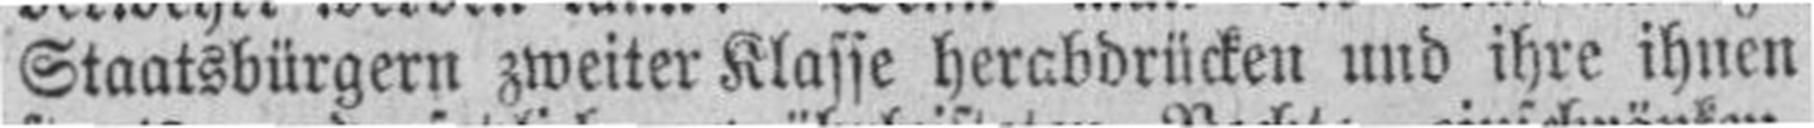
Staatsbürgern zweiter Klasse herabdrücken und ihre ihnen